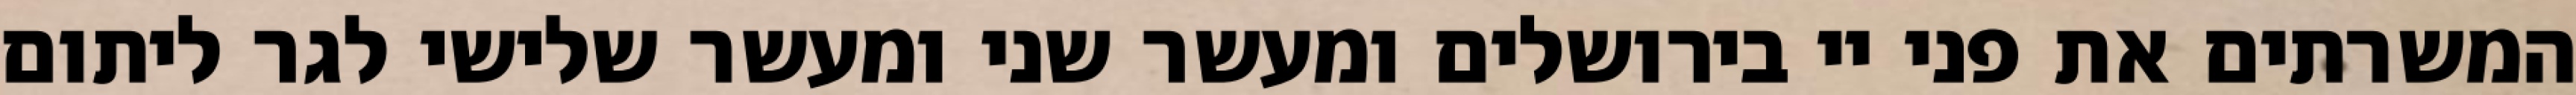
המשרתים את פני יי בירושלים ומעשר שני ומעשר שלישי לגר ליתום